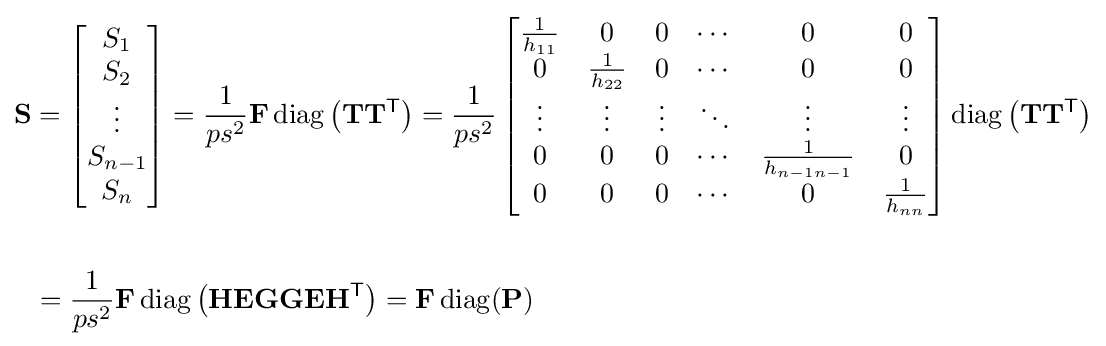
{\begin{aligned}&\mathbf {S} =\left[{\begin{matrix}S_{1}\\S_{2}\\\vdots \\S_{n-1}\\S_{n}\end{matrix}}\right]={\frac {1}{ps^{2}}}\mathbf {F} \operatorname {diag} \left(\mathbf {T} \mathbf {T} ^{\mathsf {T}}\right)={\frac {1}{ps^{2}}}\left[{\begin{matrix}{\frac {1}{h_{11}}}&0&0&\cdots &0&0\\0&{\frac {1}{h_{22}}}&0&\cdots &0&0\\\vdots &\vdots &\vdots &\ddots &\vdots &\vdots \\0&0&0&\cdots &{\frac {1}{h_{n-1n-1}}}&0\\0&0&0&\cdots &0&{\frac {1}{h_{nn}}}\end{matrix}}\right]\operatorname {diag} \left(\mathbf {T} \mathbf {T} ^{\mathsf {T}}\right)\\\\&\ \ ={\frac {1}{ps^{2}}}\mathbf {F} \operatorname {diag} \left(\mathbf {H} \mathbf {E} \mathbf {G} \mathbf {G} \mathbf {E} \mathbf {H} ^{\mathsf {T}}\right)=\mathbf {F} \operatorname {diag} (\mathbf {P} )\end{aligned}}